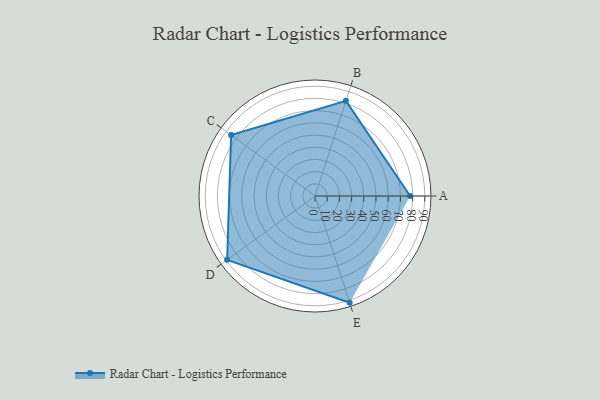
{"axis": {"x": "Skill", "y": "Score"}, "legend": ["Profile"], "data": [{"x": "A", "y": 78.0, "type": "Profile"}, {"x": "B", "y": 82.0, "type": "Profile"}, {"x": "C", "y": 85.0, "type": "Profile"}, {"x": "D", "y": 89.0, "type": "Profile"}, {"x": "E", "y": 92.0, "type": "Profile"}]}